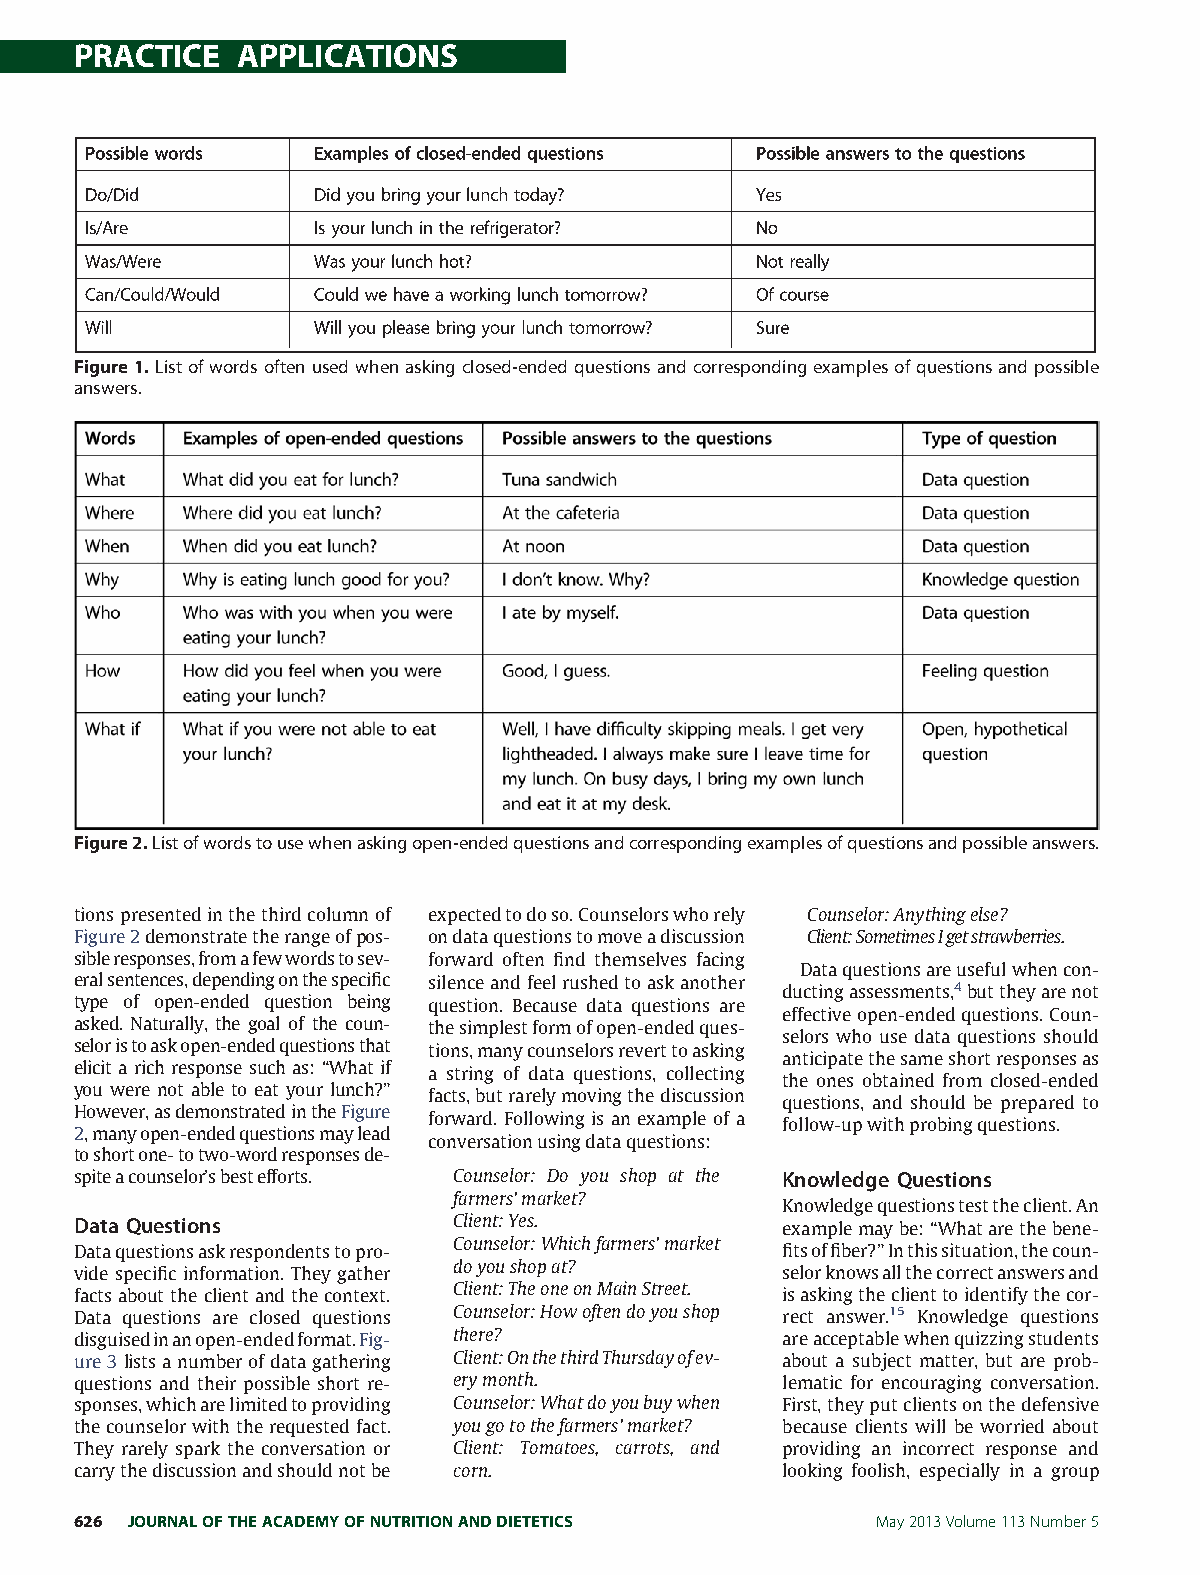
PRACTICE  APPLICATIONS
 Figure1.Listofwordsoftenusedwhenaskingclosed-endedquestionsandcorrespondingexamplesofquestionsandpossible
 answers.
 Figure2.Listofwordstousewhenaskingopen-endedquestionsandcorrespondingexamplesofquestionsandpossibleanswers.
 tionspresentedinthethirdcolumnof expectedtodoso.Counselorswhorely Counselor:Anythingelse?
 Figure2demonstratetherangeofpos- ondataquestionstomoveadiscussion Client:SometimesIgetstrawberries.
 sibleresponses,fromafewwordstosev- forward often find themselves facing
 Dataquestionsareusefulwhencon-
 eralsentences,dependingonthespecific silenceandfeelrushedtoaskanother
 ductingassessments,4buttheyarenot
 type of open-ended question being question. Because data questions are
 effectiveopen-endedquestions.Coun-
 asked. Naturally, the goal of the coun- thesimplestformofopen-endedques-
 selors who use data questions should
 seloristoaskopen-endedquestionsthat tions,manycounselorsreverttoasking
 anticipatethesameshortresponsesas
 elicit a rich response such as: “What if a string of data questions, collecting
 the ones obtained from closed-ended
 you were not able to eat your lunch?”
 facts,butrarelymovingthediscussion
 questions, and should be prepared to
 However,asdemonstratedintheFigure
 forward. Following is an example of a follow-upwithprobingquestions.
 2,manyopen-endedquestionsmaylead
 conversationusingdataquestions:
 toshortone-totwo-wordresponsesde-
 spiteacounselor’sbestefforts. Counselor: Do you shop at the Knowledge Questions
 farmers’market?
 Knowledgequestionstesttheclient.An
 Data Questions           Client:Yes.           examplemaybe:“Whatarethebene-
 Counselor:Whichfarmers’market
 Dataquestionsaskrespondentstopro-              fitsoffiber?”Inthissituation,thecoun-
 vide specific information. They gather doyoushopat? selorknowsallthecorrectanswersand
 factsabouttheclientandthecontext. Client:TheoneonMainStreet. isaskingtheclienttoidentifythecor-
 Data questions are closed questions Counselor:Howoftendoyoushop rect answer.15 Knowledge questions
 disguisedinanopen-endedformat.Fig- there?      areacceptablewhenquizzingstudents
 ure3listsanumberofdatagathering Client:OnthethirdThursdayofev- about a subject matter, but are prob-
 questions and their possible short re- erymonth. lematic for encouraging conversation.
 sponses,whicharelimitedtoproviding Counselor:Whatdoyoubuywhen First,theyputclientsonthedefensive
 thecounselorwiththerequestedfact. yougotothefarmers’market? because clients will be worried about
 They rarely spark the conversation or Client: Tomatoes, carrots, and providing an incorrect response and
 carrythediscussionandshouldnotbe corn.         looking foolish, especially in a group
 626 JOURNALOFTHEACADEMYOFNUTRITIONANDDIETETICS       May2013Volume113Number5